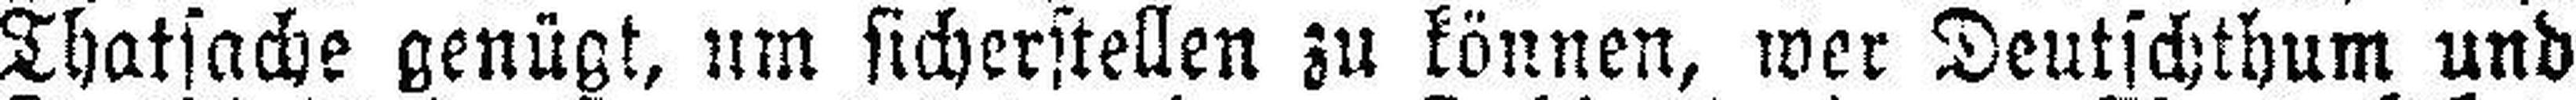
Thatsache genügt, um sicherstellen zu können, wer Deutschthum und